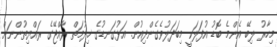
މިހާރު ލިބޭ އެންމެ ބޮޑު އުފަލަކީ މިބަދަލުވެގެންދިއުން. އަޅުގަނޑުގެ ޚިދުމަތް ރާއްޖޭގެ ރައްޔިތުންނަށް